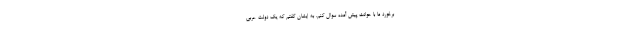
برخورد ما با حوادث پیش آمده سوال کنم. به ایشان گفتم که یک دولت عربی